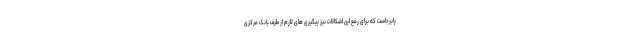
پابرجاست که برای رفع این اشکالات نیز پیگیری های لازم از طرف بانک مرکزی